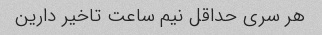
هر سری حداقل نیم ساعت تاخیر دارین